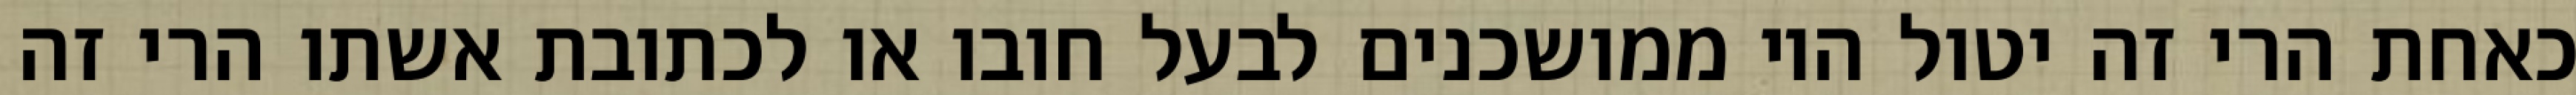
כאחת הרי זה יטול היו ממושכנים לבעל חובו או לכתובת אשתו הרי זה